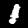
Digit: 1